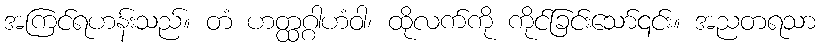
အကြင်ရဟန်းသည်။ တံ ဟတ္ထဂ္ဂါဟံဝါ၊ ထိုလက်ကို ကိုင်ခြင်းသော်၎င်း။ အညတရသာ